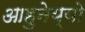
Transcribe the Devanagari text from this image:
आहुनेय्यो